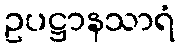
ဥပဋ္ဌာနသာရံ